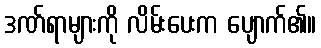
ဒဏ်ရာများကို လိမ်းပေးက ပျောက်၏။